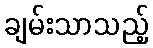
ချမ်းသာသည့်